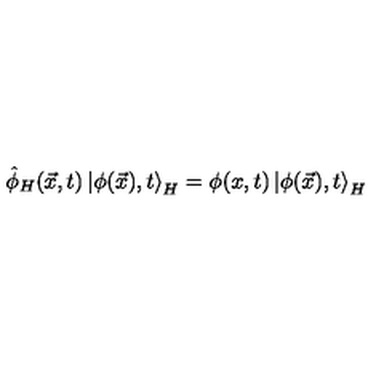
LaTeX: \hat { \phi } _ { H } ( \vec { x } , t ) \left| \phi ( \vec { x } ) , t \right> _ { H } = \phi ( x , t ) \left| \phi ( \vec { x } ) , t \right> _ { H }